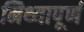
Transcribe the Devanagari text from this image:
मिथ्यापूर्ण